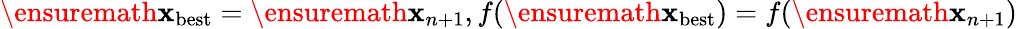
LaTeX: \ensuremath{\mathbf{x}}_{\mathrm{best}}=\ensuremath{\mathbf{x}}_{n+1},f(\ensuremath{\mathbf{x}}_{\mathrm{best}})=f(\ensuremath{\mathbf{x}}_{n+1})